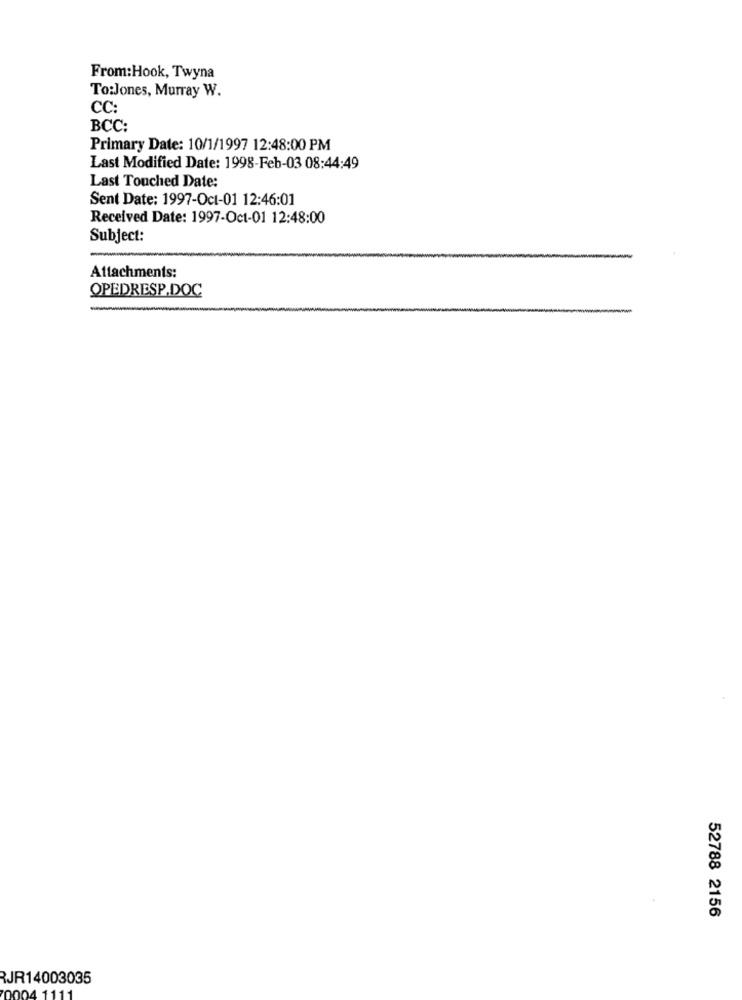
From:Hook, Twyna
To:Jones, Murray W.
CC:
BCC:
Primary Date: 10/1/1997 12:48:00 PM
Last Modified Date: 1998-Feb-03 08:44:49
Last Touched Date:
Sent Date: 1997-Oct-01 12:46:01
Received Date: 1997-Oct-01 12:48:00
Subject:
Attachments:
OPEDRESP.DOC
52788 2156
JR14003035
4 11